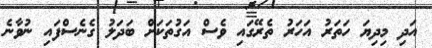
އަދި މިދިޔަ ހަތަރު އަހަރު ތެރޭގައި ވެސް އަގުތަކަށް ބަދަލު ގެނެސްފައި ނުވާނެ